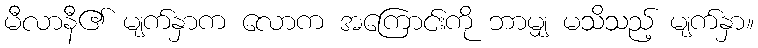
မီလာနီ၏ မျက်နှာက လောက အကြောင်းကို ဘာမျှ မသိသည့် မျက်နှာ။